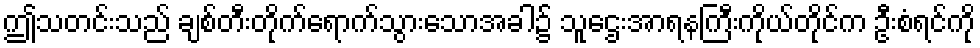
ဤသတင်းသည် ချစ်တီးတိုက်ရောက်သွားသောအခါ၌ သူဌေးအာရနကြီးကိုယ်တိုင်က ဦးစံရင်ကို